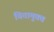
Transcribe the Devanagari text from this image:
चितामुक्त